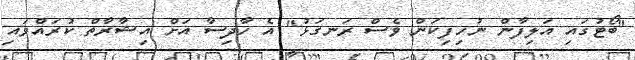
"ބޯޓުގައި އަލިފާން ނުހިފިކަން ވެސް ރަނގަޅު" އެ ހާދިސާ އަށް އިޝާރާތް ކުރައްވައި